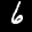
Label: 6